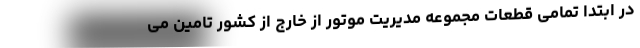
در ابتدا تمامی قطعات مجموعه مدیریت موتور از خارج از کشور تامین می